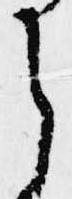
ら